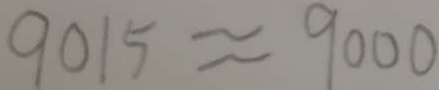
9 0 1 5 \approx 9 0 0 0